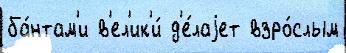
ба́нтам'и в'ел'ик'и́ д'е́лаjет взро́слым